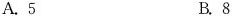
A.5 B.8